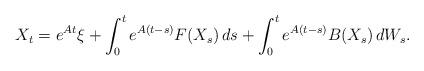
LaTeX: \begin{align*} X_t = e^{ A t } \xi + \int_0^t e^{ A ( t - s ) } F( X_s ) \, ds + \int_0^t e^{ A ( t - s ) } B( X_s ) \, dW_s .\end{align*}